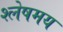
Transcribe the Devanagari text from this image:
श्लेषमय